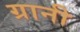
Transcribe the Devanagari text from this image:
ग्रानी